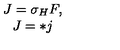
\begin{array} { c } { J = \sigma _ { H } F , } \\ { J = * j } \\ \end{array}